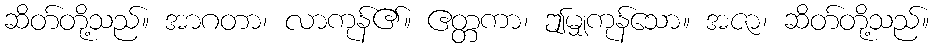
ဆိတ်တို့သည်။ အာဂတာ၊ လာကုန်၏။ ဧတ္တကာ၊ ဤမျှကုန်သော။ အဇာ၊ ဆိတ်တို့သည်။